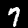
Label: 7